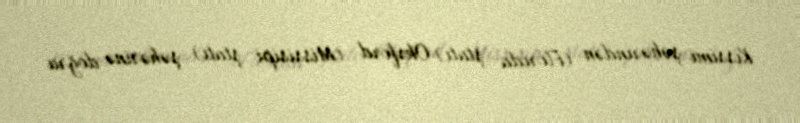
Kissimi şəhərindən (Florida ştatı) Oksford (Missisipi ştatı) şəhərinə doğru